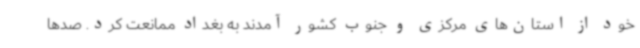
خود از استان‌های مرکزی و جنوب کشور آمدند به بغداد ممانعت کرد. صدها